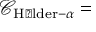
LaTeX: { \mathcal { C } } _ { { \mathrm { H � l d e r } } - \alpha } =